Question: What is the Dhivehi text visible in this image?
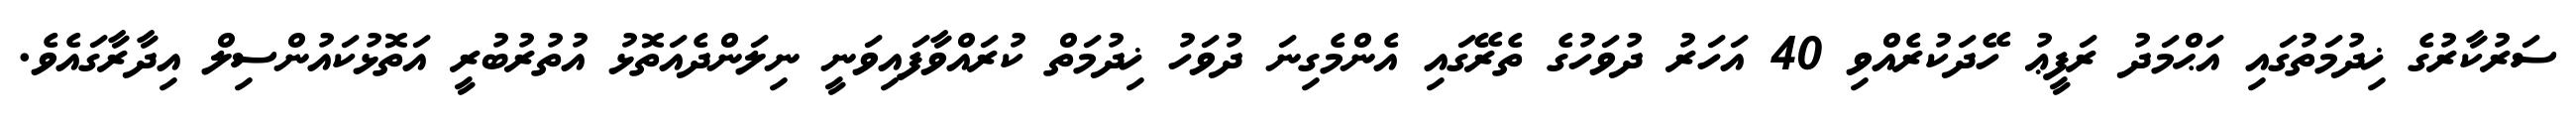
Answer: ސަރުކާރުގެ ޚިދުމަތުގައި އަޙްމަދު ރަފީޢު ހޭދަކުރެއްވި 40 އަހަރު ދުވަހުގެ ތެރޭގައި އެންމެގިނަ ދުވަހު ޚިދުމަތް ކުރައްވާފައިވަނީ ނިލަންދެއަތޮޅު އުތުރުބުރީ އަތޮޅުކައުންސިލް އިދާރާގައެވެ.